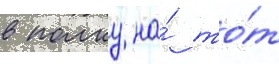
в полку на́ то́т